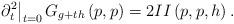
LaTeX: \begin{align*}\left. \partial _{t}^{2}\right\vert _{t=0}G_{g+th}\left( p,p\right)=2II\left( p,p,h\right) . \end{align*}